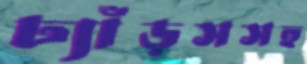
ঢ্যাঁড়সসহ